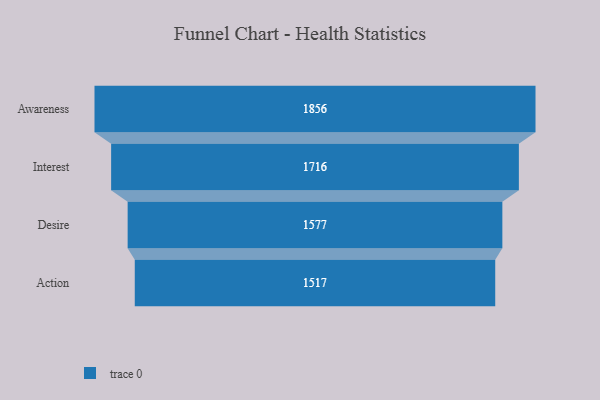
{"axis": {"x": "Stage", "y": "Value"}, "legend": [""], "data": [{"x": "Awareness", "y": 1856.0, "type": ""}, {"x": "Interest", "y": 1716.0, "type": ""}, {"x": "Desire", "y": 1577.0, "type": ""}, {"x": "Action", "y": 1517.0, "type": ""}]}